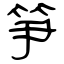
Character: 笋